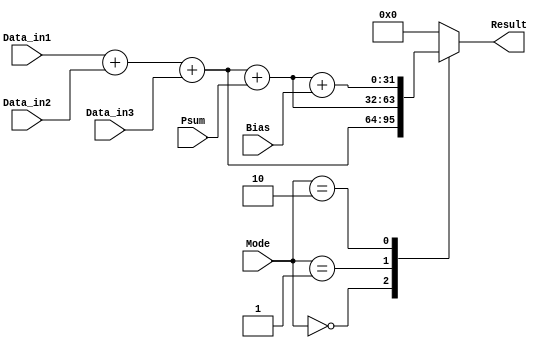
module Adder(
	Data_in1,
	Data_in2,
	Data_in3,
	Psum,
	Bias,
	Mode,
	Result
);

	input signed [31:0] Data_in1,Data_in2,Data_in3;
	input signed [31:0] Psum;
	input signed [15:0] Bias;
	input [1:0] Mode;
	output reg [31:0] Result;

//complete your design here
always@(*)begin
case(Mode)
2'd0:begin
Result=Data_in1+Data_in2+Data_in3;
end	
2'd1:begin
Result=Data_in1+Data_in2+Data_in3+Psum;
end
2'd2:begin
Result=Data_in1+Data_in2+Data_in3+Psum+Bias;
end
default:begin
Result=32'd0;
end
endcase
end

endmodule